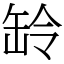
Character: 䍅